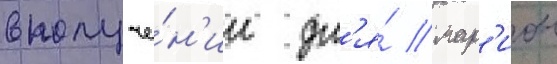
в получе́н'ии дл'я́ мар'ион